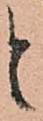
と